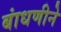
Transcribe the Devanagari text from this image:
बांधणीने